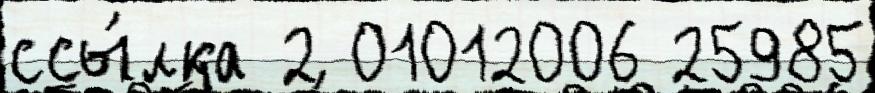
ссы́лка 2 01012006 25985